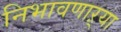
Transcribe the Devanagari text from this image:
निभावणाऱ्या